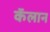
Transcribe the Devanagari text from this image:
कॅलान